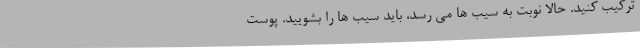
ترکیب کنید. حالا نوبت به سیب ها می رسد، باید سیب ها را بشویید. پوست